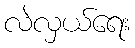
လဲလှယ်ရေး